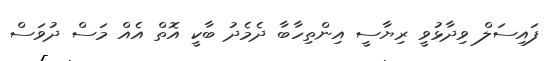
ފައިސަލް ވިދާޅުވީ ރިޔާސީ އިންތިހާބާ ދެމެދު ބާކީ އޮތް އެއް މަސް ދުވަސް